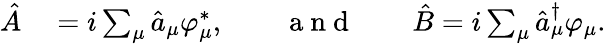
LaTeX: \begin{array}{rl}{\hat{A}}&{{}=i\sum_{\mu}\hat{a}_{\mu}\varphi_{\mu}^{*},\qquad\mathrm{~a~n~d~}\qquad\hat{B}=i\sum_{\mu}\hat{a}_{\mu}^{\dagger}\varphi_{\mu}.}\end{array}